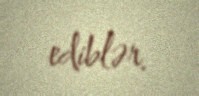
ediblər.